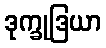
ဒုက္ခုဒြယာ